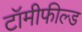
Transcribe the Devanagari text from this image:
टॉमीफील्ड